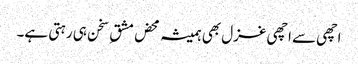
اچھی سے اچھی غزل بھی ہمیشہ محض مشق ِ سخن ہی رہتی ہے۔